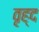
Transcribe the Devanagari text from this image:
वृह्द